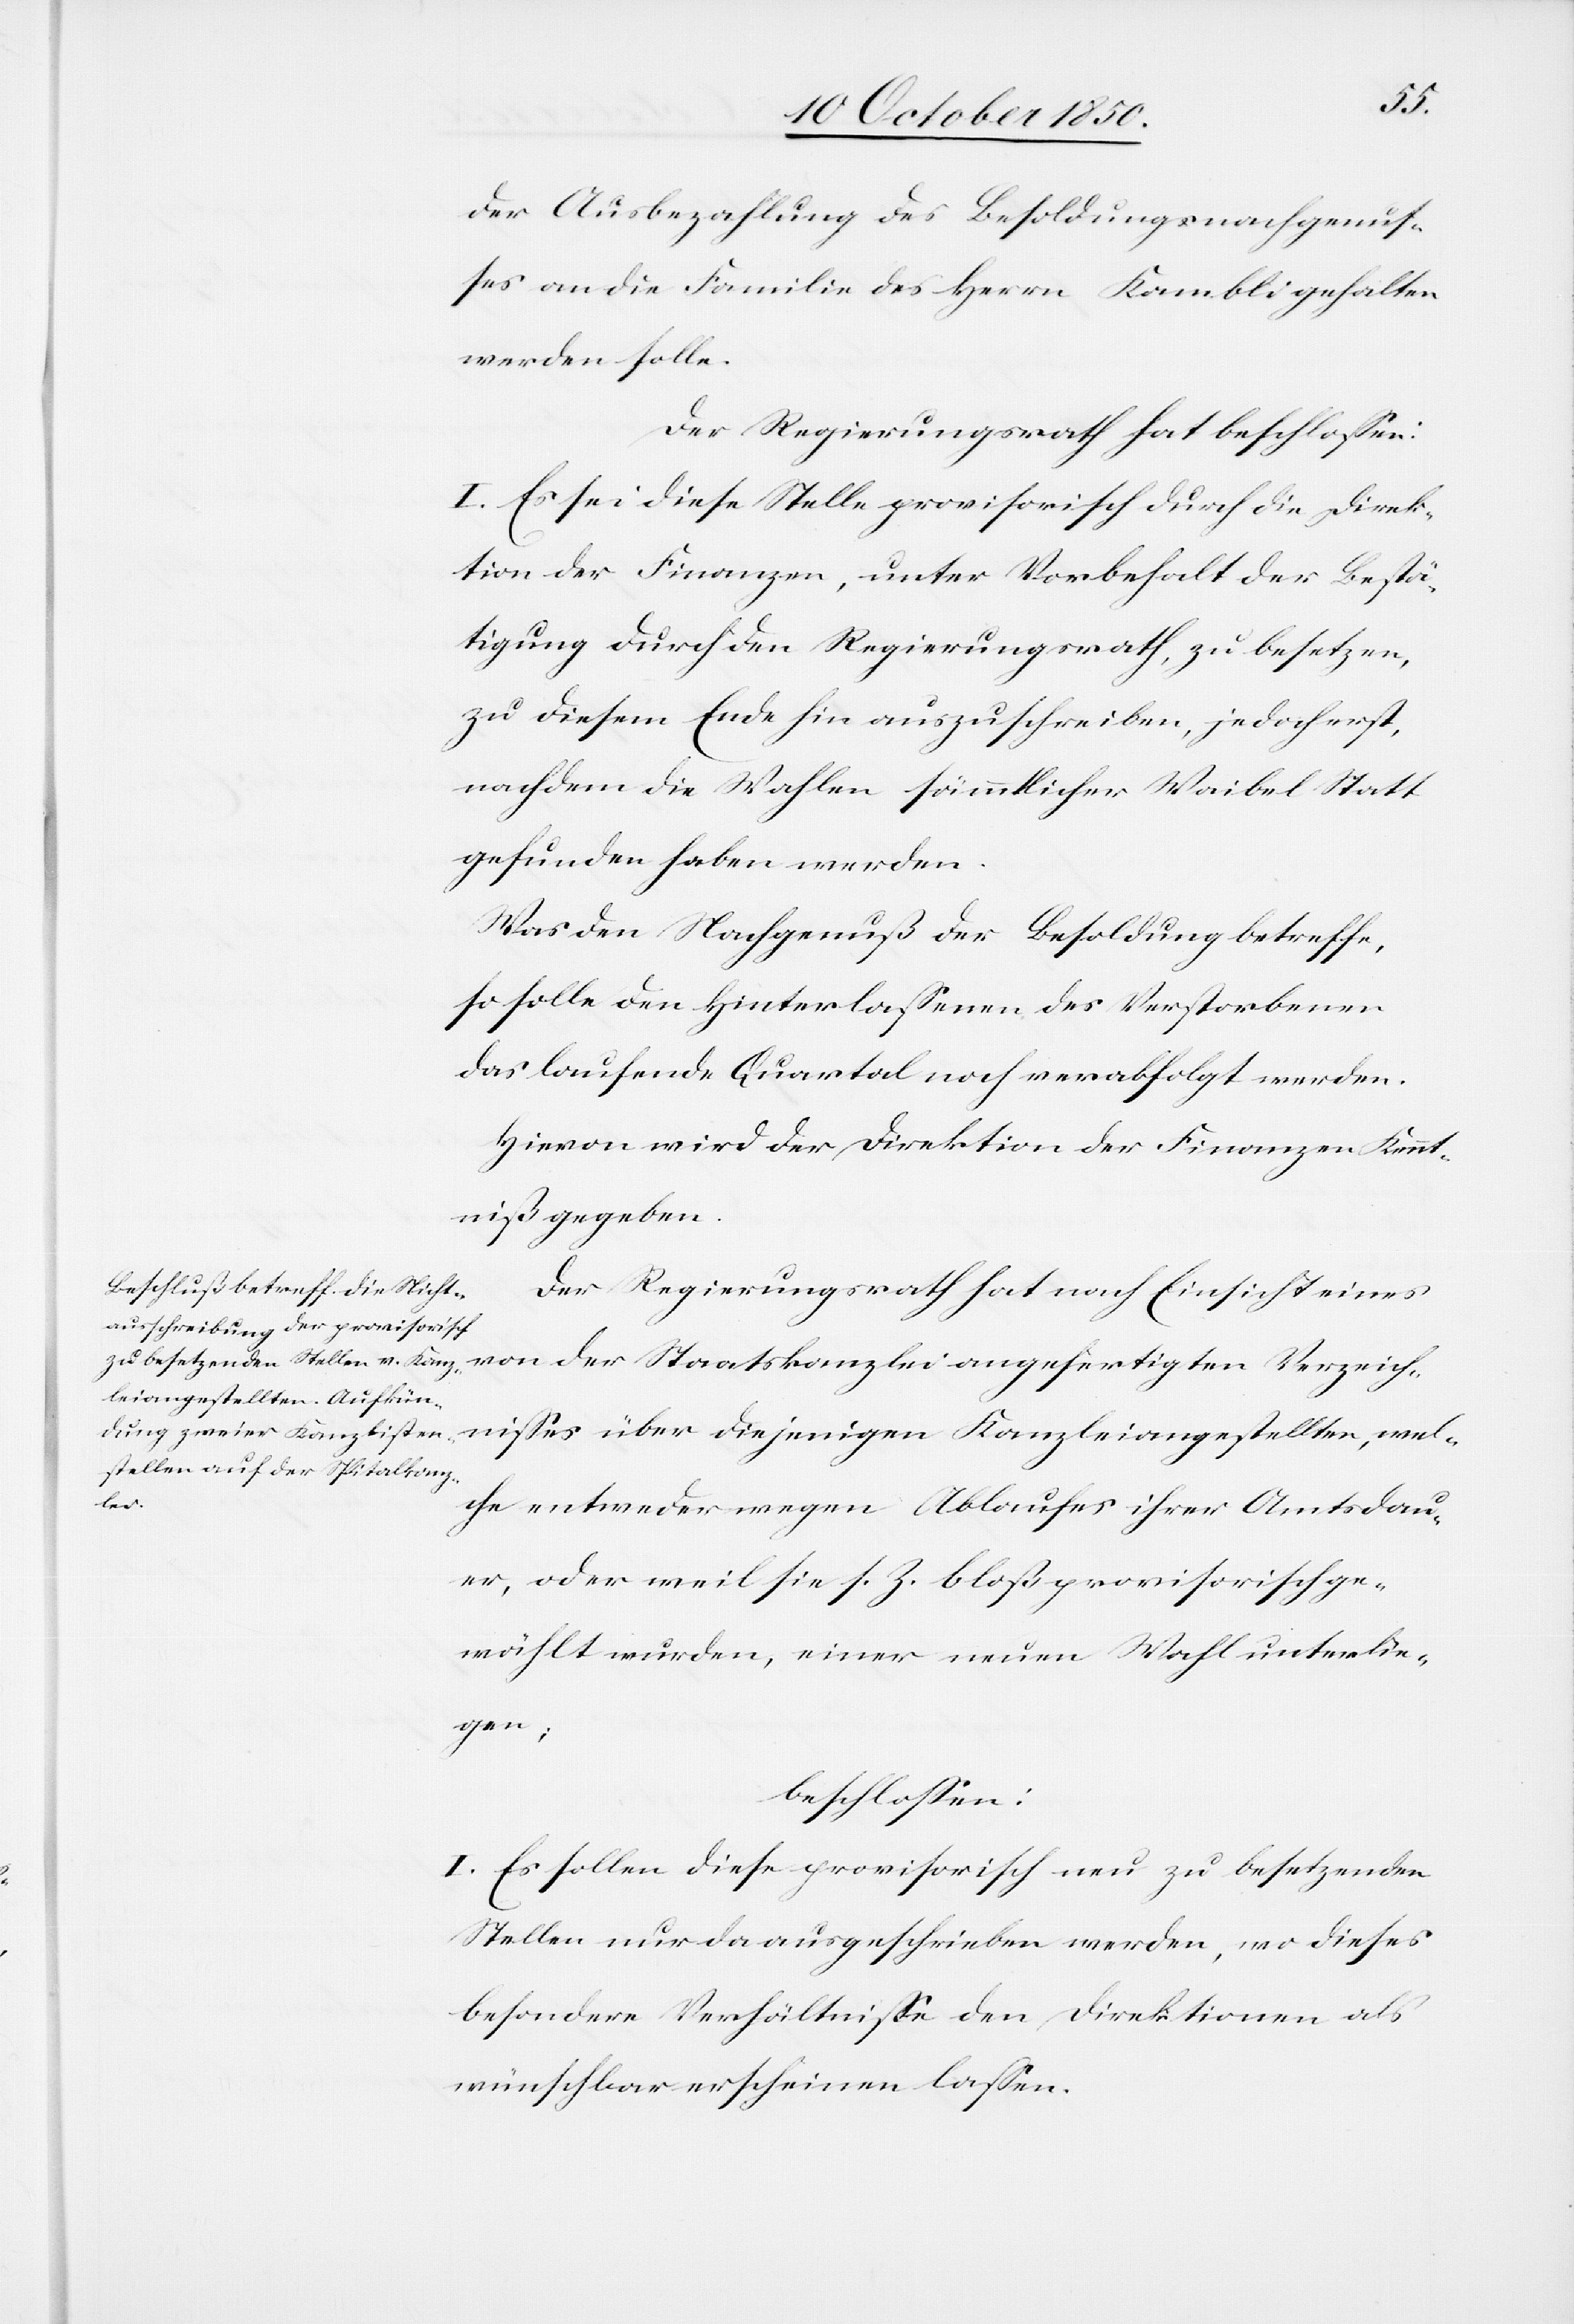
der Ausbezahlung des Besoldungsnachgenus¬
ses an die Familie des Herrn Kambli gehalten
werden solle.
Der Regierungsrath hat beschlossen:
I. Es sei diese Stelle provisorisch durch die Direk¬
tion der Finanzen, unter Vorbehalt der Bestä¬
tigung durch den Regierungsrath, zu besetzen,
zu diesem Ende hin auszuschreiben, jedoch erst,
nachdem die Wahlen sämmtlicher Waibel Statt
gefunden haben werden.
Was den Nachgenuß der Besoldung betreffe,
so solle den Hinterlassenen des Verstorbenen
das laufende Quartal noch verabfolgt werden.
Hievon wird der Direktion der Finanzen Kennt¬
niß gegeben.
Der Regierungsrath hat nach Einsicht eines
von der Staatskanzlei angefertigten Verzeich¬
nisses über diejenigen Kanzleiangestellten, wel¬
che entweder wegen Ablaufes ihrer Amtsdau¬
er, oder weil sie s. Z. bloß provisorisch ge¬
wählt wurden, einer neuen Wahl unterlie¬
gen;
beschlossen:
I. Es sollen diese provisorisch neu zu besetzenden
Stellen nur da ausgeschrieben werden, wo dieses
besondere Verhältnisse den Direktionen als
wünschbar erscheinen lassen.